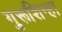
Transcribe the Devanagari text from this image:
गुरूशिन्हा